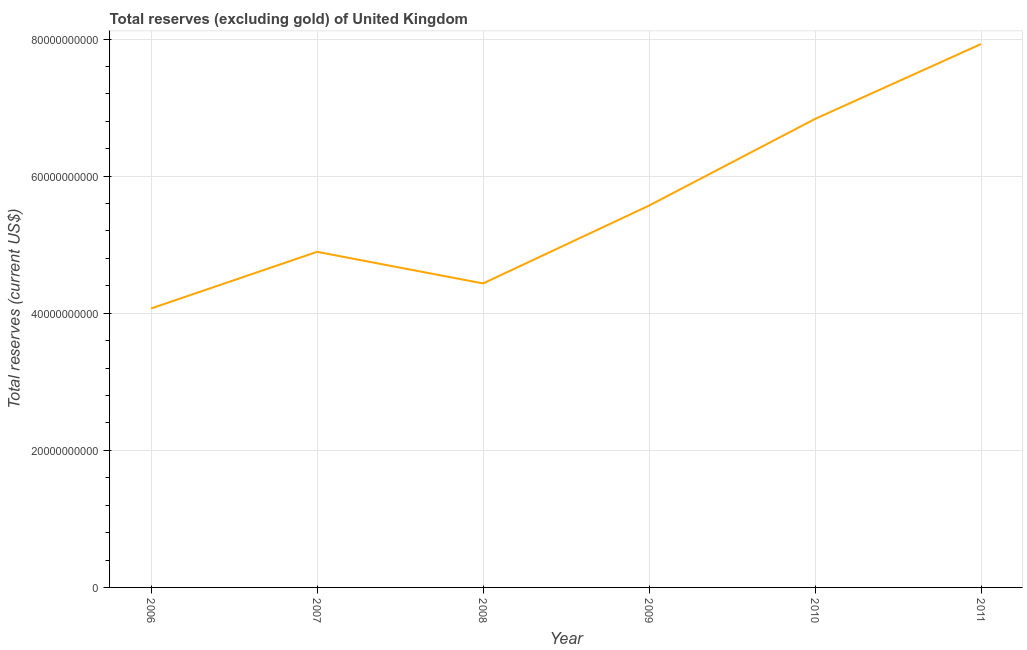
| Year | Total reserves minus gold (current US$) |
 | --- | --- |
 | 2006 | 4.07e+10 |
 | 2007 | 4.9e+10 |
 | 2008 | 4.43e+10 |
 | 2009 | 5.57e+10 |
 | 2010 | 6.83e+10 |
 | 2011 | 7.93e+10 |